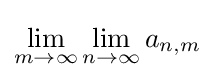
\lim _{m\to \infty }\lim _{n\to \infty }a_{n,m}